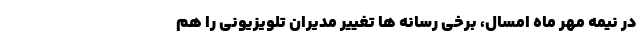
در نیمه مهر ماه امسال، برخی رسانه ها تغییر مدیران تلویزیونی را هم